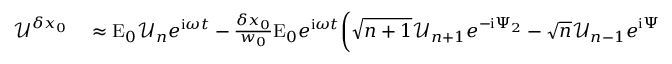
\begin{array} { r l } { \mathcal { U } ^ { \delta x _ { 0 } } } & { { } \approx \mathrm { E } _ { 0 } \mathcal { U } _ { n } e ^ { \mathrm { i } \omega t } - \frac { \delta x _ { 0 } } { w _ { 0 } } \mathrm { E } _ { 0 } e ^ { \mathrm { i } \omega t } \bigg ( \sqrt { n + 1 } \mathcal { U } _ { n + 1 } e ^ { - \mathrm { i } \Psi _ { 2 } } - \sqrt { n } \mathcal { U } _ { n - 1 } e ^ { \mathrm { i } \Psi _ { 2 } } \bigg ) + \mathrm { i } \frac { m _ { \alpha } } { 2 \Theta _ { m } } \mathrm { E } _ { 0 } \bigg [ \sqrt { n + 1 } \Bigg ( \mathcal { U } _ { n + 1 } - \frac { \delta x _ { 0 } } { w _ { 0 } } \Big ( \sqrt { n + 2 } \mathcal { U } _ { n + 2 } e ^ { - \mathrm { i } \Psi _ { 2 } } } \end{array}